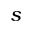
s